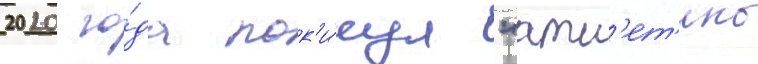
2020 го́да пок'и́нул "атл'ет'ико